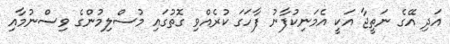
އަދި އޭގެ ނަތީޖާ އަކީ އެމަނިކުފާނު ފާހަަގަ ކުރެއްވި ގޮތުގައި މުސްލިމުންގެ ވިސްނުމާއި